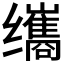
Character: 𫄹